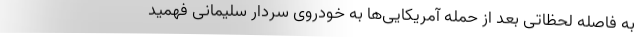
به فاصله لحظاتی بعد از حمله آمریکایی‌ها به خودروی سردار سلیمانی فهمید